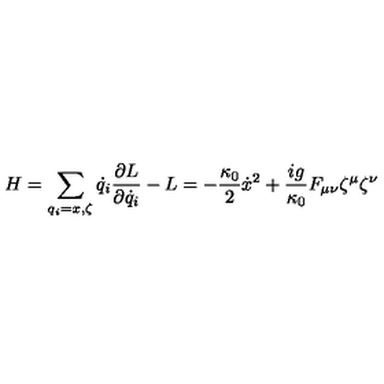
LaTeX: H = \sum _ { q _ { i } = x , \zeta } \dot { q } _ { i } \frac { \partial L } { \partial \dot { q } _ { i } } - L = - \frac { \kappa _ { 0 } } { 2 } \dot { x } ^ { 2 } + \frac { i g } { \kappa _ { 0 } } F _ { \mu \nu } \zeta ^ { \mu } \zeta ^ { \nu }